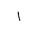
Letter: _alif